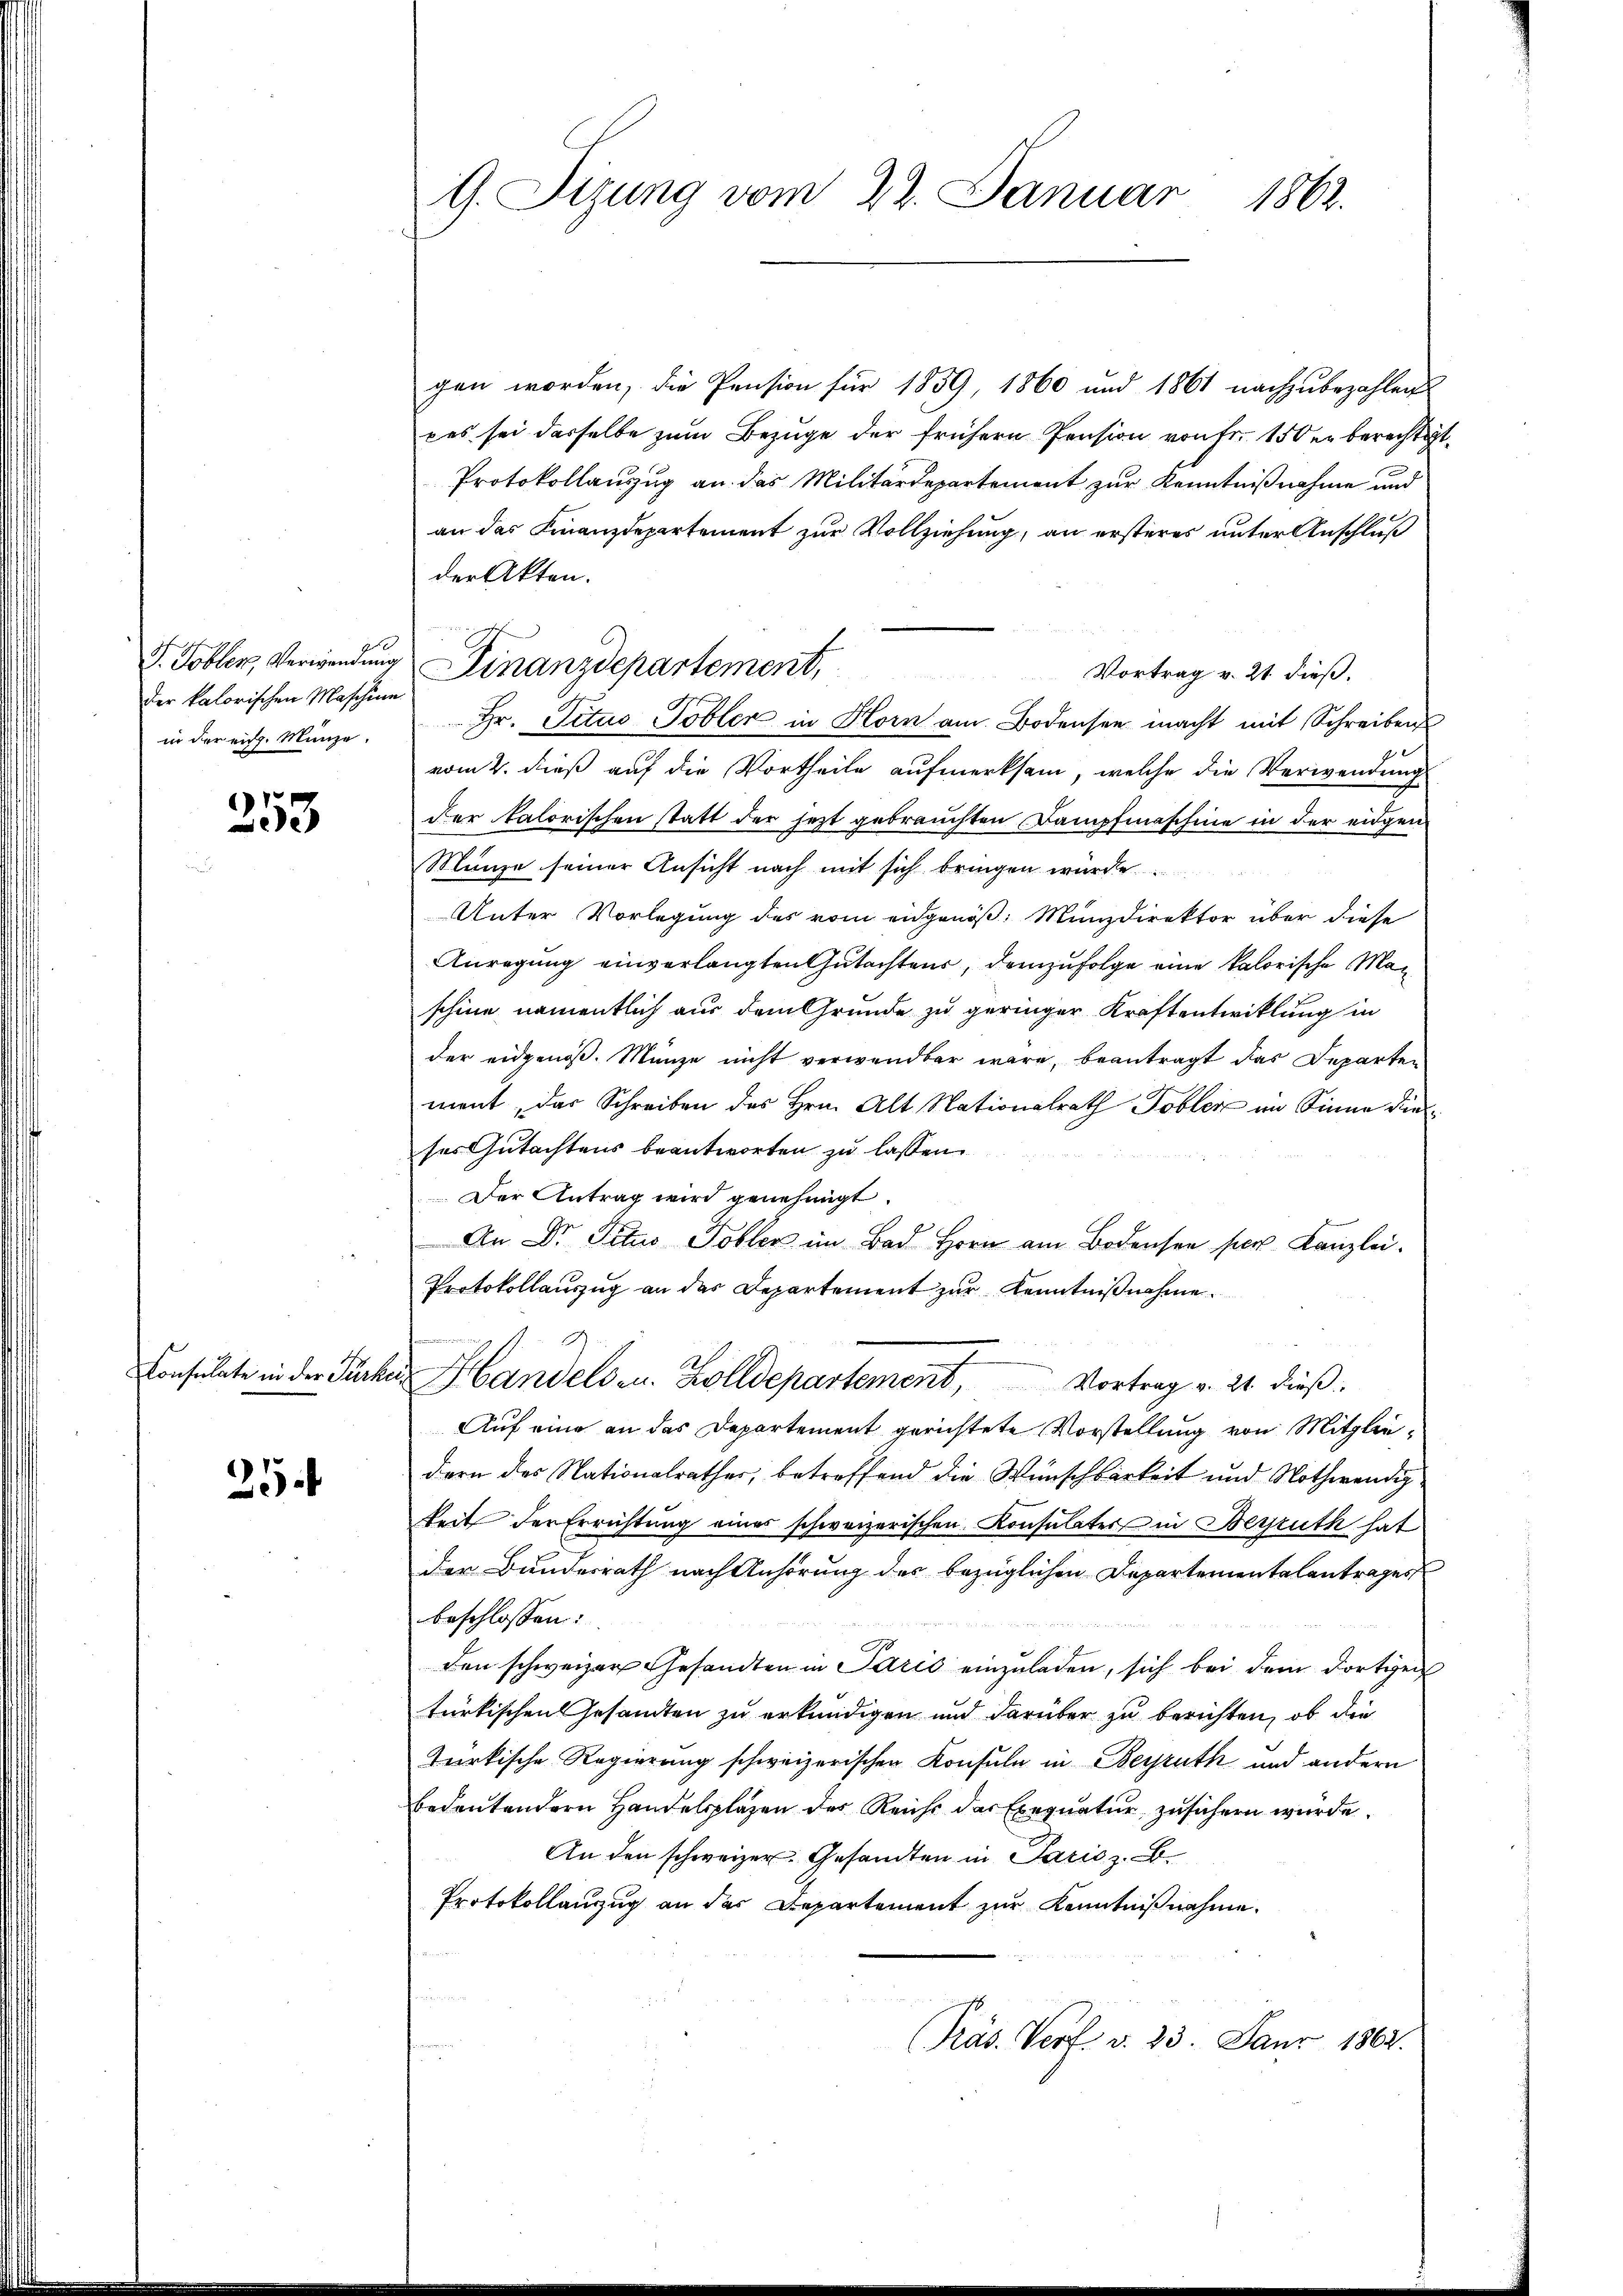
J. Tobler, Verwendung
der kalorischen Maschine
in der eidg. Münze.

253

fenselben den der

25

G. Sizung vom 22. Januar 1862.

gen worden, die Pension für 1859, 1860 und 1861 nachzubezahlen
ces sei dasselbe zum Bezuge der frühern Pension von Fr. 150 er berechtig
Protokollauszug an das Militärdepartement zur Kenntnißnahme und
an das Finanzdepartement zur Vollziehung, an ersteres unter Anschluß
der Akten.
Vortrag v. 21 dieß.
Hr. Titus Tobler in Horn am Bodensee macht mit Schreiben
vom 2. dieß auf die Vortheile aufmerksam, welche die Verwendung
der kalorischen statt der jezt gebrauchten Dampfmaschine in der eidgen
Münze seiner Ansicht nach mit sich bringen würde
Unter Vorlegung des vom engenöß: Münzdirektor über diese
Anregung einverlangten Gutachtens, demzufolge eine kalorische Manschine namentlich aus dem Grunde zu geringer Kraftentwicklung in
der eidgenoß. Münze nicht verwendbar wäre, beantragt das Departen
ment, das Schreiben des Hrn. Alt Nationalrath Tobler im Sinne die
ses Gutachtens beantworten zu lassen.
Der Antrag wird genehmigt.
An Dr. Situo Tobler im Bad Horn am Bodensen per Kanzlei.
Protokollauszug an der Departement zur Kenntnißnahme
e
Handels- u. Zolldepartement, Vortrag v. 21. dieß.
Auf eine an das Departement gerichtete Vorstellung von Mitgliedern des Nationalrathes, betreffend die Wünschbarkeit und Nothwendig
keit der Errichtung eines schweizerischen Konsulater in Begrüth hat
der Bundesrath nach Anhörung des bezüglichen Departementalantrages
beschlossen:
den schweizer Gesandten in Paris einzuladen, sich bei dem dortigen
türkischen Gesandten zu erkundigen und darüber zu berichten, ob die
türkische Regierung schweizerischen Konsula in Beyruth und andern
bedeutendern Handelsplazen des Reicht der Exequatur zusichern wurde.
An den schweizer. Gesandten in Paris z. B.
Protokollanzug an das Departement zur Kenntnißnahme.
s
Präs. Verf. v. 23. Janr 1862.

Finanzdepartement,